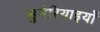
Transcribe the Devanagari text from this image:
सुमेरियाइयों